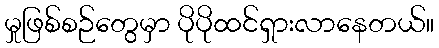
မှုဖြစ်စဉ်တွေမှာ ပိုပိုထင်ရှားလာနေတယ်။